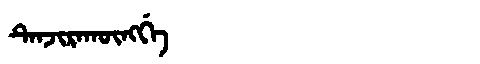
Manchu: ᡨᡝᠨᠵᡳᡵᠠᡴᡡᠩᡤᡝ
Romanization: TENJIRAKŪNGGE